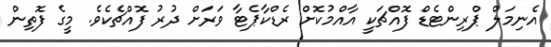
އެނިމަލް ޕްރިންޓެޑް ފޮއްޗަކީ އާއްމުކޮށް ރެޑްކާޕެޓާ ވަރަށް ދުރު ފޮއްޗެކެވެ. މީގެ ފޮތިން